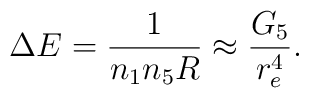
\Delta E = \frac{1}{n_{1}n_{5}R} \approx \frac{G_{5}}{r_{e}^4}.